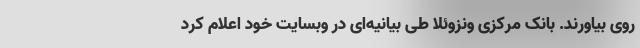
روی بیاورند. بانک مرکزی ونزوئلا طی بیانیه‌ای در وبسایت خود اعلام کرد